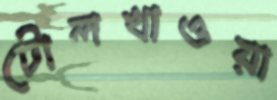
টোলখাওয়া